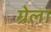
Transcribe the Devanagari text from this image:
ग्रेला